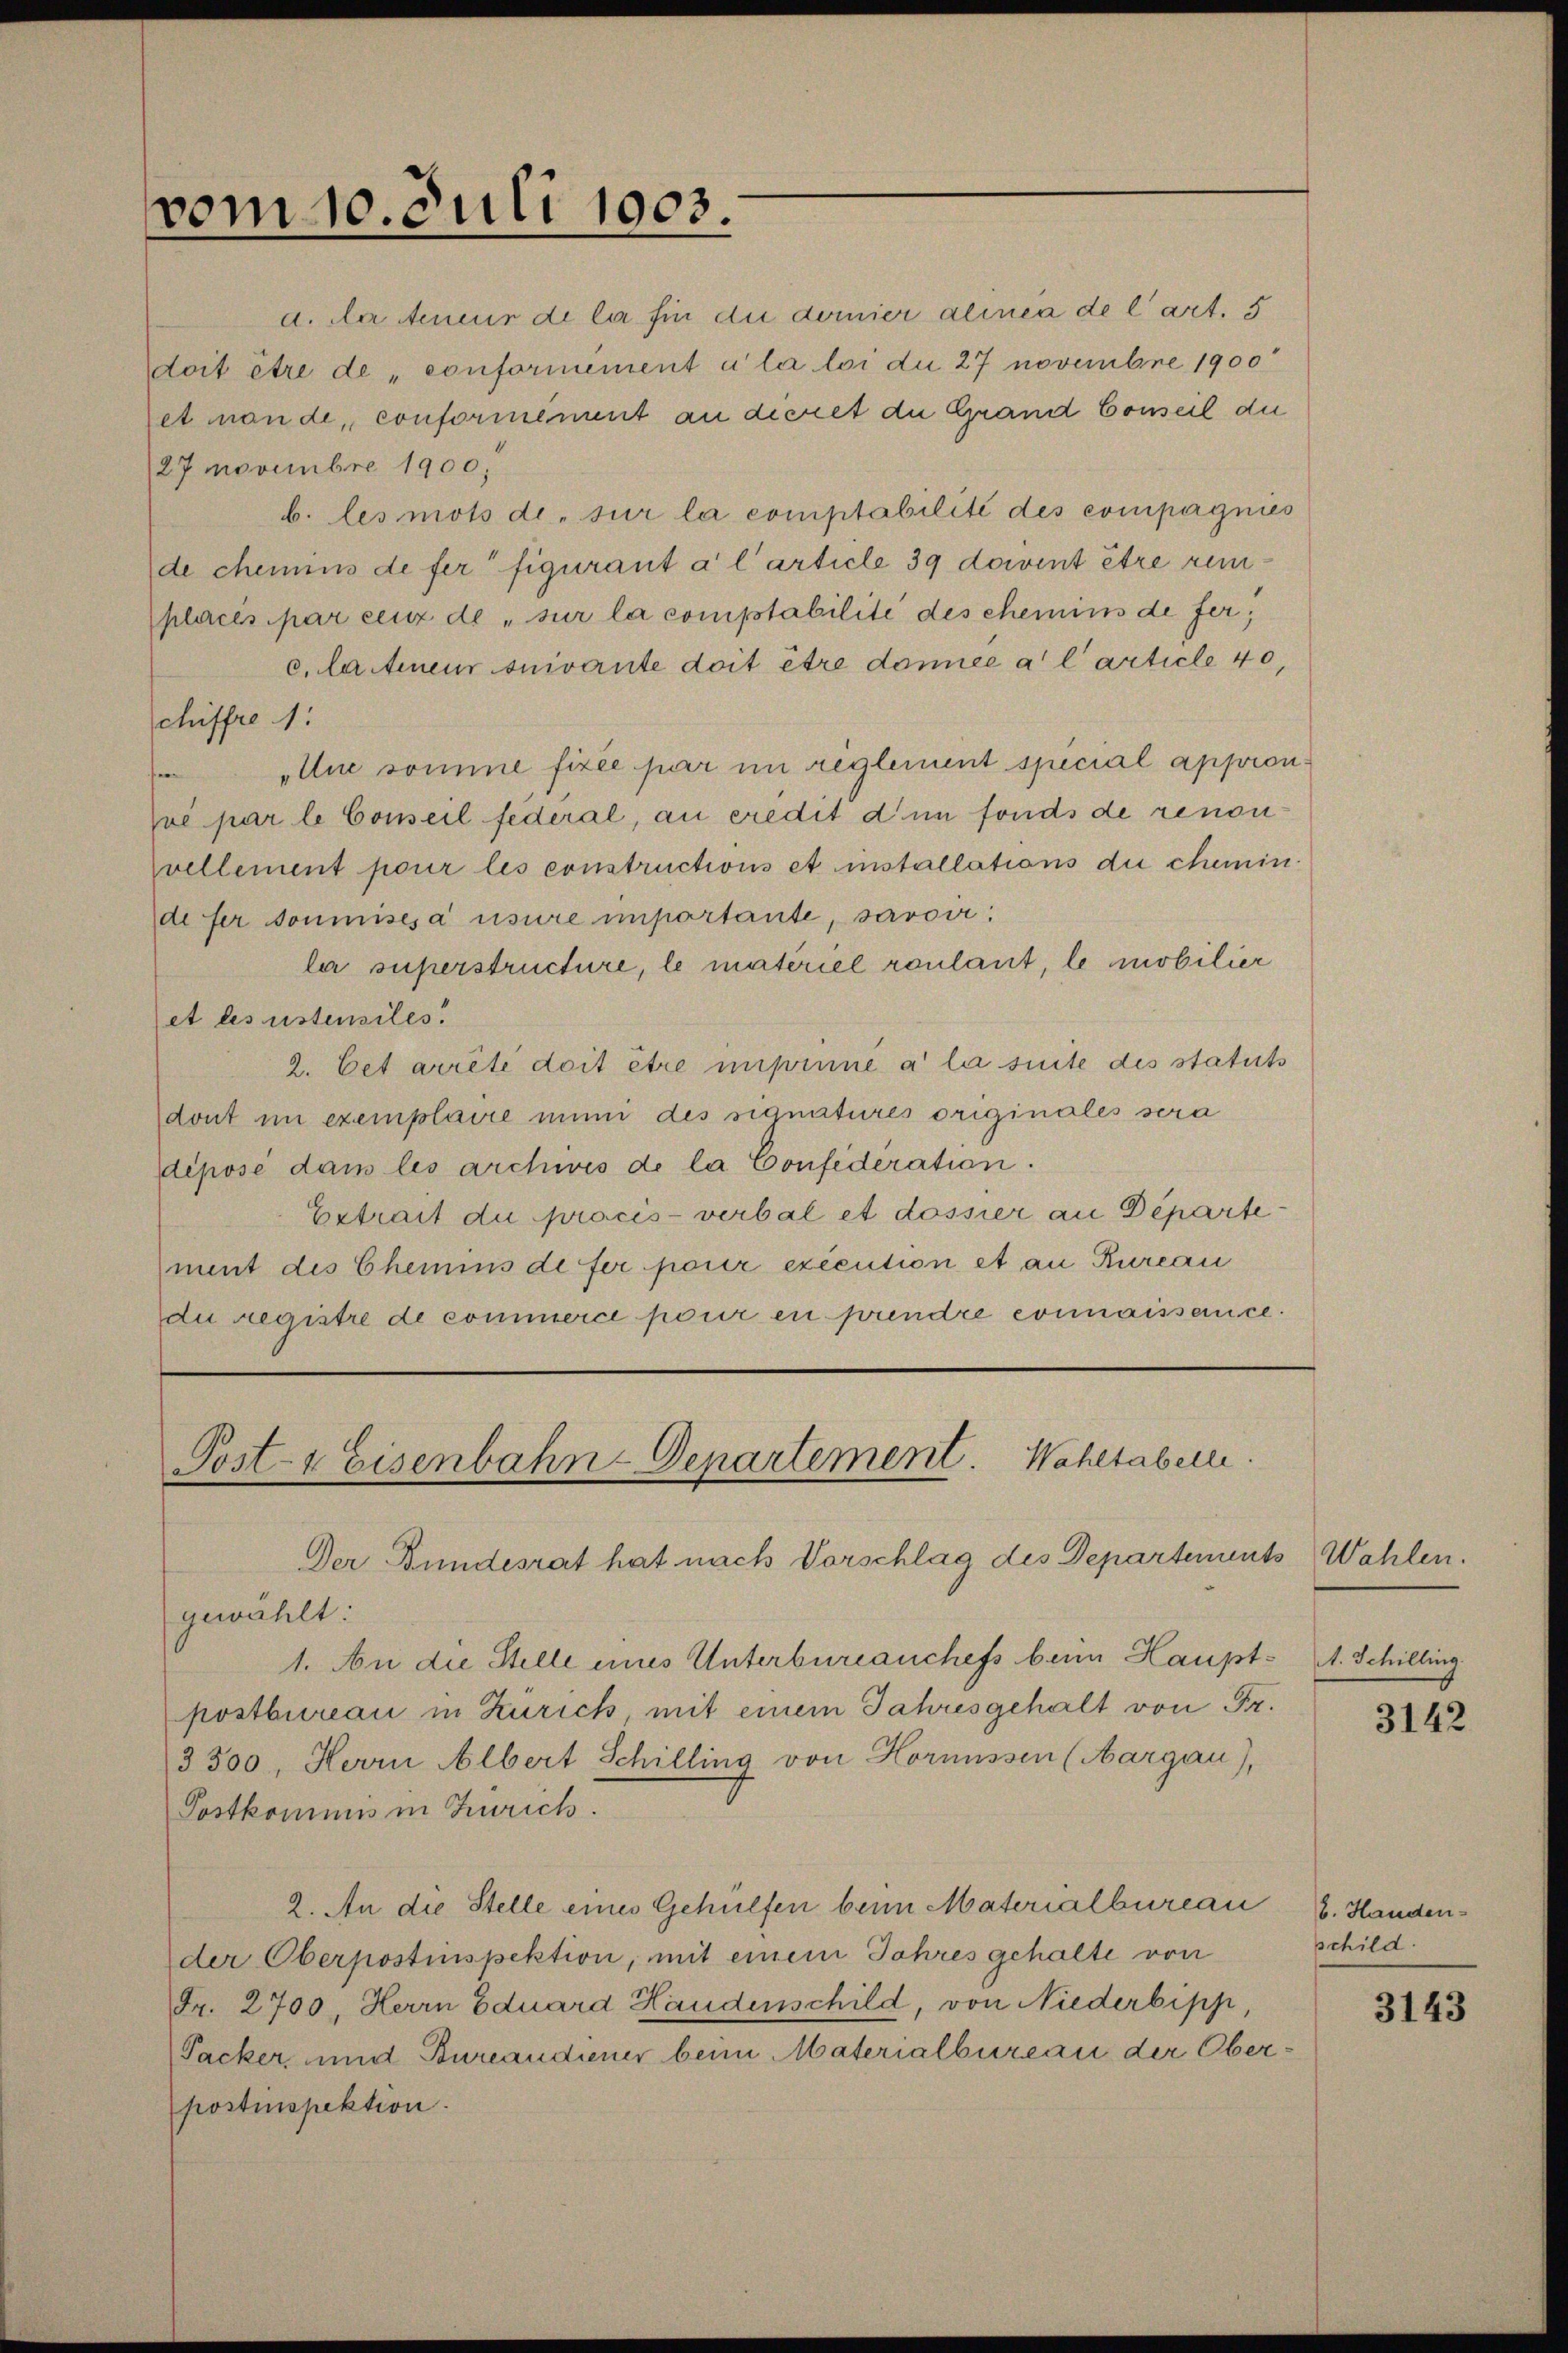
vom 10. Juli 1903.

a. Da Aeneur de la fin die demier alinia de l’art. 5
doit être de conformement à la loi du 27 novembre 1900
et man de conformement an decret die Grand Conseil die
27 novembre 1900.
b. les mots de sur la comptabilité des compagnies
de chemins de fer figurant à l’article 39 doivent être renplaces par ceux de sur la comptabilité des ehemins de fer,
c. Martineur suivante doit être donnée a l article 40,
chiffre 1:
„Une somme fixée par im reglement special appronfer
Zue par le Conseil federal, an eredit d in fonds de renonvellement pour les constructions et installations die chemindefer soumisesa usure importante, savoir.
ler superstructure, le materiel roulant, le mobilier
et les ustensiles.
2. Cet arrêté doit être impinne à la suite des statuts
dont in exemplaire mini des signatures originales sera
déposé dans les archwes de la Confederation.
Extrait du präcis-verbal et dossier an Departement des Chemins defer pour exécution et an Kureau
die registre de commerce pour en prendre connaissance.

Post- & Eisenbahn-Departement. Wahltabelle

Der Bundesrat hat nach Vorschlag des Departements
gewählt:
1. An die Stelle eines Unterbureauchefs beim Haupt- A. Schilling
postbureau in Zürich, mit einem Jahresgehalt von Fr.
3500, Herrn Albert Schilling von Hornissen (Aargau),
Postkommis in Zürich.
2. An die Stelle eines Gehülfen beim Materialbureau
der Oberpostinspektion, mit einem Jahres gehalte von
Fr. 2700. Herrn Eduard Handenschild, von Niederbipp,
Packer und Bureaudiener beim Materialbureau der Oberpostinspektion.

Wahlen.

3142

b. Handen
schild

3143